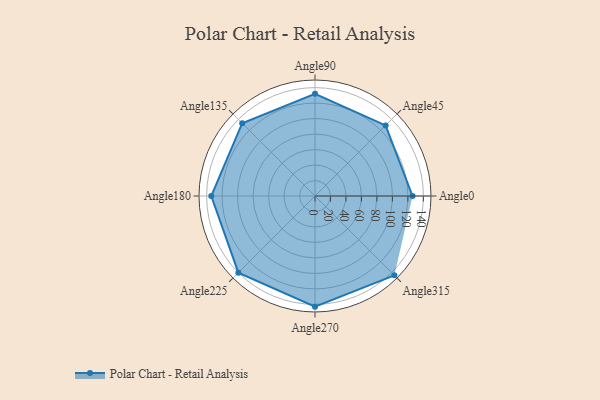
{"axis": {"x": "Angle", "y": "Radius"}, "legend": [""], "data": [{"x": "Angle0", "y": 126.0, "type": ""}, {"x": "Angle45", "y": 129.0, "type": ""}, {"x": "Angle90", "y": 132.0, "type": ""}, {"x": "Angle135", "y": 133.0, "type": ""}, {"x": "Angle180", "y": 134.0, "type": ""}, {"x": "Angle225", "y": 140.0, "type": ""}, {"x": "Angle270", "y": 143.0, "type": ""}, {"x": "Angle315", "y": 145.0, "type": ""}]}